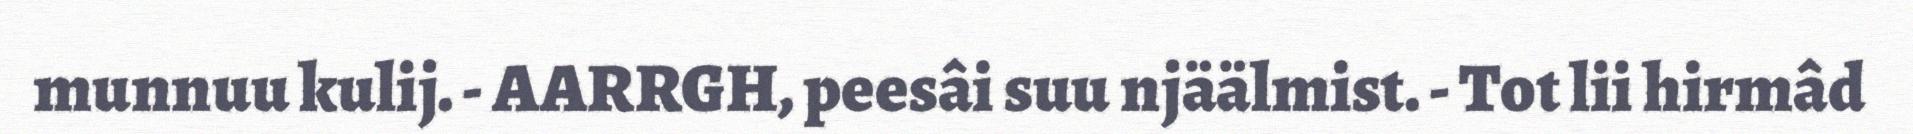
munnuu kulij. - AARRGH, peesâi suu njäälmist. - Tot lii hirmâd